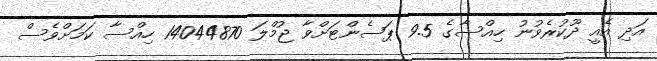
އަދި އެއީ ދޫކުރެވުނު ހިއްސާގެ 9.5 ޕަސެންޓަށްވާ ޖުމްލަ 14044870 ހިއްސާ ކަމަށްވެސް